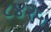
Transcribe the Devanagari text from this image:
८४२५